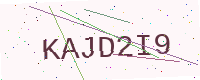
Text: KAJD2I9